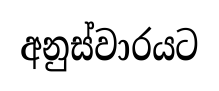
අනුස්වාරයට